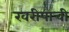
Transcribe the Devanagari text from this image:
खरीपाची